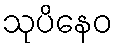
သုပိနေဝ